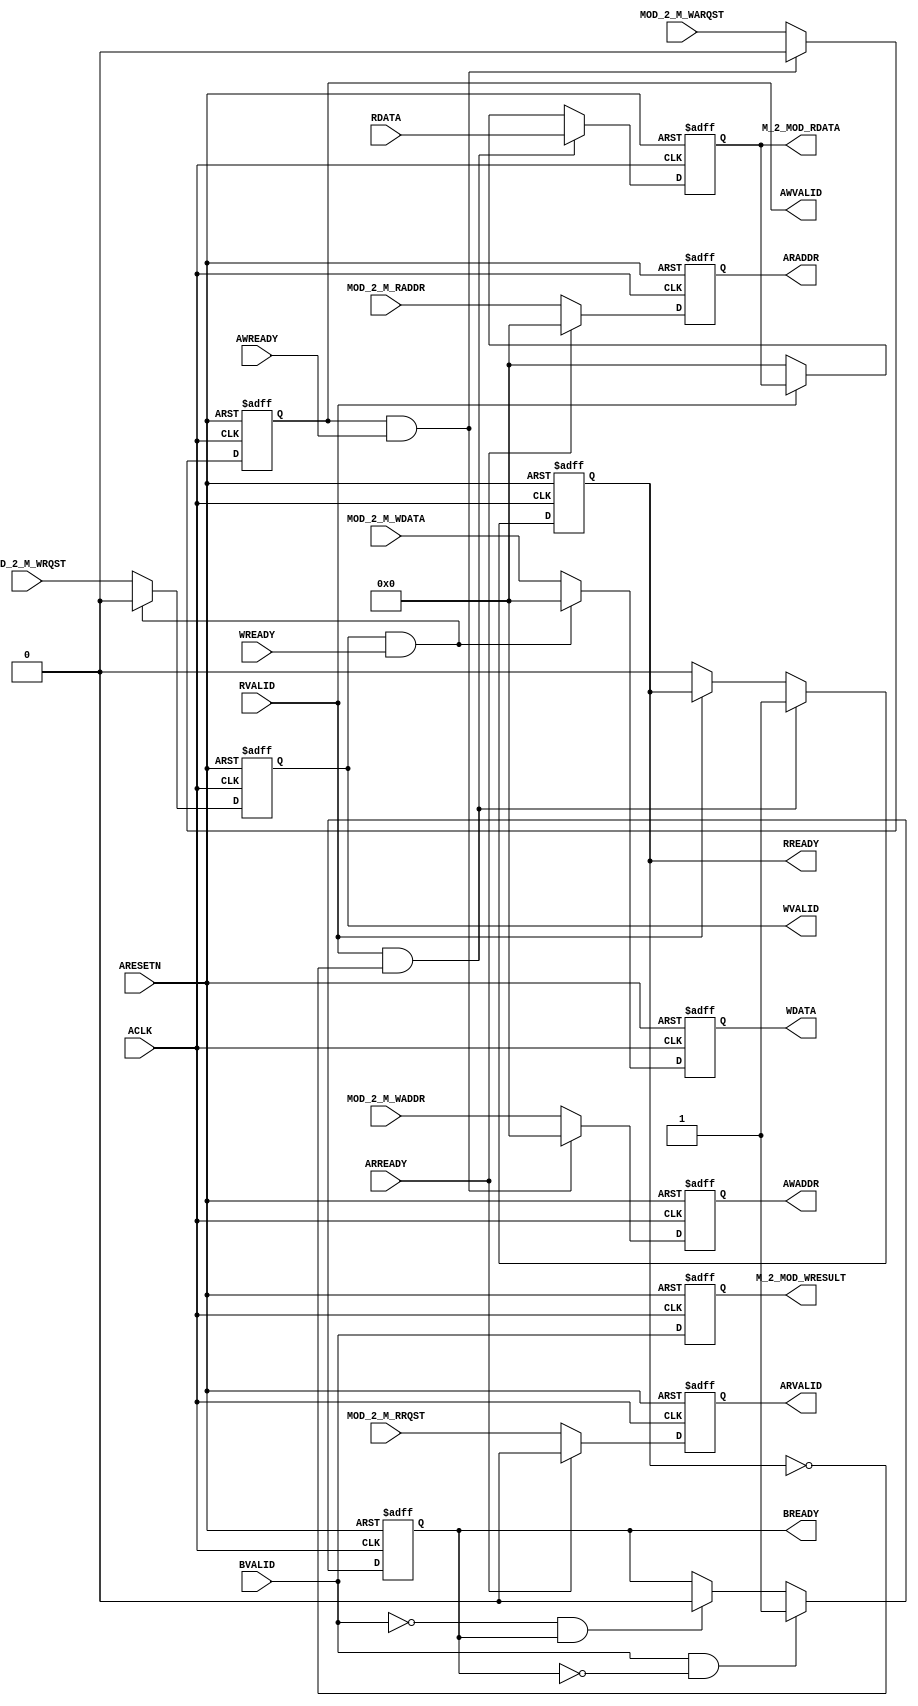
`timescale 1ns / 1ps

module Master_Interface
#(
    parameter REG_WIDTH = 32
)
(   
    //global signal
    input ACLK,
    input ARESETN,
    
    //read channel port
    
    //read address tb stimulus
    input MOD_2_M_RRQST,
    input [REG_WIDTH-1:0] MOD_2_M_RADDR,
    output reg [REG_WIDTH-1:0] M_2_MOD_RDATA,
    
    //read address channel
    output reg [REG_WIDTH-1:0] ARADDR,
    output reg ARVALID,
    input ARREADY,
    
    //read data channel
    input [REG_WIDTH-1:0] RDATA,
    input RVALID,
    output reg RREADY,
    
    //end of read channel port
    
    
    //write channel port
    
    //write address tb stimulus
    input MOD_2_M_WARQST,
    input [REG_WIDTH -1:0]MOD_2_M_WADDR,
    
    //write address channel
    input AWREADY,
    output reg [REG_WIDTH-1:0] AWADDR,
    output reg AWVALID,
    
    //write data tb stimulus
    input MOD_2_M_WRQST,
    input [REG_WIDTH-1:0]MOD_2_M_WDATA,
    
    //write data channel
    input WREADY,
    output reg [REG_WIDTH-1:0] WDATA,
    output reg WVALID,
    
    //write response tb stimuli
    output reg M_2_MOD_WRESULT,
    
    //write response channel
    input BVALID,
    output reg BREADY
    
    //end of write channel port
    
); 

//Read Channel

//Read Address
always @(posedge ACLK, negedge ARESETN) begin
    if(!ARESETN) begin
        ARADDR <= 0;
        ARVALID <= 0;
    end
    
    else begin
        ARVALID <= MOD_2_M_RRQST;
        ARADDR <= MOD_2_M_RADDR;
        
        if(ARREADY) begin
            ARVALID <= 0;
            ARADDR <= 0;
        end        
    end
end

//end of Read Address

//Read Data
always @(posedge ACLK, negedge ARESETN) begin
    
    if(!ARESETN) begin
        M_2_MOD_RDATA <= 0;
        RREADY <= 0;
    end
    
    else begin
        if(RVALID && !RREADY) begin
            RREADY <= 1;
            M_2_MOD_RDATA <= RDATA;
        end
        
        else if(!RVALID) begin
            RREADY <= 0;
            M_2_MOD_RDATA <= 0;
        end
    end
end
//end of Read Data

//end of Read Channel

//write channel

//write address channel
always @(posedge ACLK, negedge ARESETN) begin
    
    if(!ARESETN) begin
        AWADDR <= 0;
        AWVALID <= 0;
    end
    
    else begin
        AWVALID <= MOD_2_M_WARQST;
        AWADDR <=  MOD_2_M_WADDR;
        if(AWVALID && AWREADY) begin
            AWVALID <= 0;
            AWADDR <= 0;
        end
    end
end

//end of write address channel

//write channel
always @(posedge ACLK, negedge ARESETN) begin
    
    if(!ARESETN) begin
        WVALID <= 0;
        WDATA <= 0;
    end
    
    else begin
        WVALID <= MOD_2_M_WRQST;
        WDATA <= MOD_2_M_WDATA;
        if(WVALID && WREADY) begin
            WVALID <= 0;
            WDATA <= 0;
        end
    end
end
//end of write channel

//write response channel
always @(posedge ACLK, negedge ARESETN) begin
    
    if(!ARESETN) begin
        BREADY <= 0;
        M_2_MOD_WRESULT <= 0;
    end
    
    else begin
        M_2_MOD_WRESULT <= BVALID;
        if(BVALID && !BREADY) BREADY <= 1;
        else if(!BVALID && BREADY) BREADY <= 0; 
    end
    
end    
    
//end of write response channel

endmodule